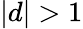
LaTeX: \vert d\vert>1